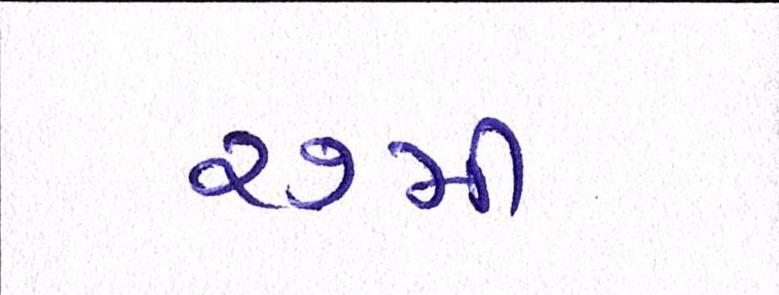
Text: ૨૭મી